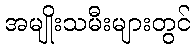
အမျိုးသမီးများတွင်